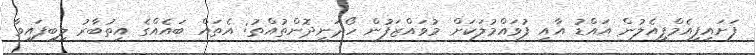
ފަށައިފިއެމްޕީއެލުން އައްޑު އާއި ފުވައްމުލަކަށް މުވައްޒަފުން ހޯދަނީދޮންތުއްތު: އެތައް ބައެއްގެ އިތުބާރު ލިބިފައިވާ